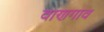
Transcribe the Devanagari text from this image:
वाणगाव